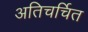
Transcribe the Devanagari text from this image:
अतिचर्चित